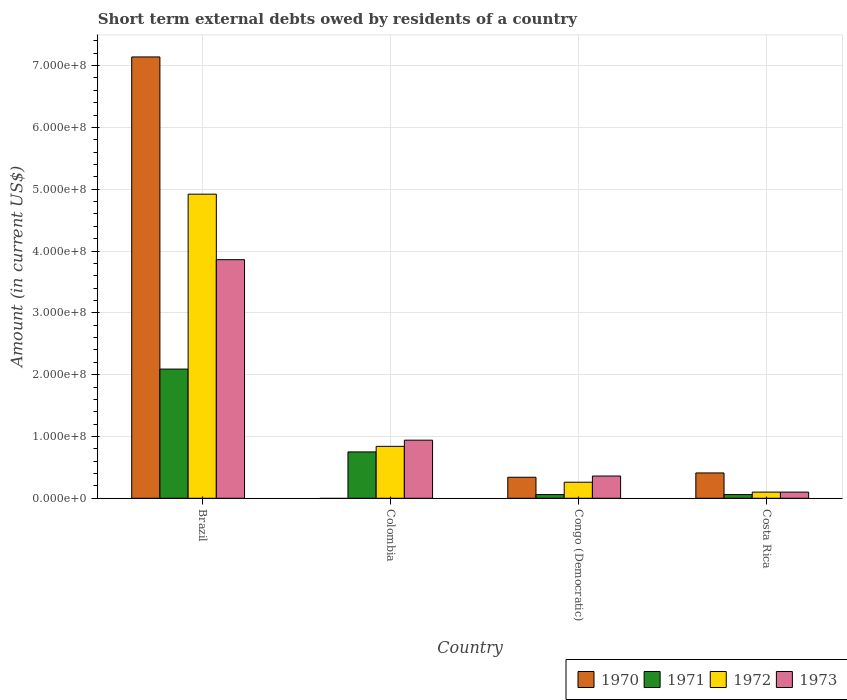
| Country | 1970 | 1971 | 1972 | 1973 |
 | --- | --- | --- | --- | --- |
 | Brazil | 7.14e+08 | 2.09e+08 | 4.92e+08 | 3.86e+08 |
 | Colombia | -6.45e+06 | 7.5e+07 | 8.4e+07 | 9.4e+07 |
 | Congo (Democratic) | 3.4e+07 | 6e+06 | 2.6e+07 | 3.6e+07 |
 | Costa Rica | 4.1e+07 | 6e+06 | 1e+07 | 1e+07 |